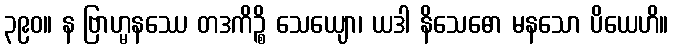
၃၉၀။ န ဗြာဟ္မနဿေ တဒကိဉ္စိ သေယျော၊ ယဒါ နိသေဓော မနသော ပိယေဟိ။